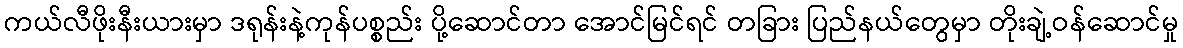
ကယ်လီဖိုးနီးယားမှာ ဒရုန်းနဲ့ကုန်ပစ္စည်း ပို့ဆောင်တာ အောင်မြင်ရင် တခြား ပြည်နယ်တွေမှာ တိုးချဲ့ဝန်ဆောင်မှု